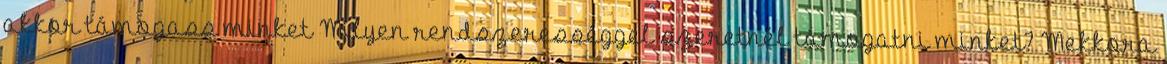
akkor támogass minket Milyen rendszerességgel szeretnél támogatni minket? Mekkora